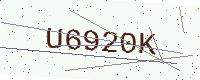
Text: U6920K